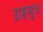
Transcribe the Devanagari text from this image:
ग्रहसुत्र